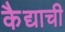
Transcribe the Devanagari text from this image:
कैद्याची